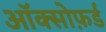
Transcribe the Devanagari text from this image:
ऑक्सोफ़र्ड